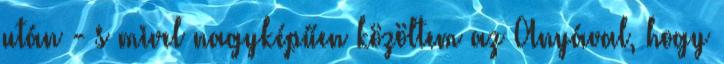
után - s mivel nagyképűen közöltem az Anyával, hogy